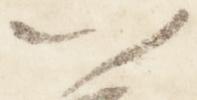
以